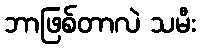
ဘာဖြစ်တာလဲ သမီး